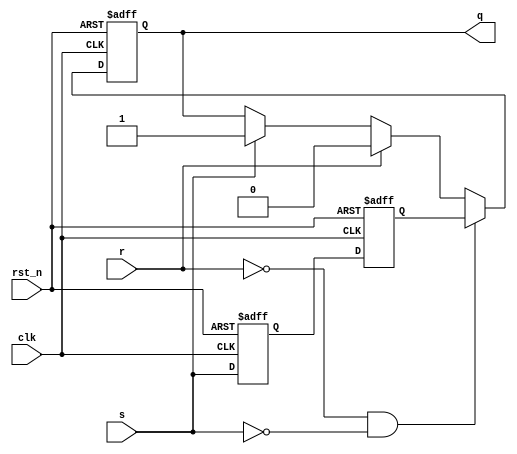
module sr_flip_flop (
  input wire clk,
  input wire rst_n,
  input wire s,
  input wire r,
  output reg q
);

reg master_latch, slave_latch;

always @(posedge clk or negedge rst_n) begin
  if (~rst_n) begin
    master_latch <= 1'b0;
    slave_latch <= 1'b0;
  end else begin
    master_latch <= s;
    slave_latch <= master_latch;
  end
end

always @(posedge clk or negedge rst_n) begin
  if (~rst_n) begin
    q <= 1'b0;
  end else begin
    if (~r && ~s) begin
      q <= slave_latch;
    end else if (r) begin
      q <= 1'b0;
    end else if (s) begin
      q <= 1'b1;
    end
  end
end

endmodule